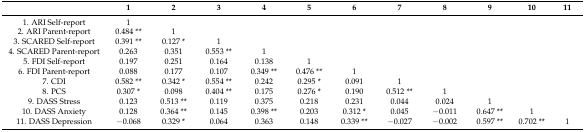
<table><thead><tr><td></td><td><b>1</b></td><td><b>2</b></td><td><b>3</b></td><td><b>4</b></td><td><b>5</b></td><td><b>6</b></td><td><b>7</b></td><td><b>8</b></td><td><b>9</b></td><td><b>10</b></td><td><b>11</b></td></tr></thead><tbody><tr><td>1. ARI Self-report</td><td>1</td><td></td><td></td><td></td><td></td><td></td><td></td><td></td><td></td><td></td><td></td></tr><tr><td>2. ARI Parent-report</td><td>0.484 **</td><td>1</td><td></td><td></td><td></td><td></td><td></td><td></td><td></td><td></td><td></td></tr><tr><td>3. SCARED Self-report</td><td>0.391 **</td><td>0.127 *</td><td>1</td><td></td><td></td><td></td><td></td><td></td><td></td><td></td><td></td></tr><tr><td>4. SCARED Parent-report</td><td>0.263</td><td>0.351</td><td>0.553 **</td><td>1</td><td></td><td></td><td></td><td></td><td></td><td></td><td></td></tr><tr><td>5. FDI Self-report</td><td>0.197</td><td>0.251</td><td>0.164</td><td>0.138</td><td>1</td><td></td><td></td><td></td><td></td><td></td><td></td></tr><tr><td>6. FDI Parent-report</td><td>0.088</td><td>0.177</td><td>0.107</td><td>0.349 **</td><td>0.476 **</td><td>1</td><td></td><td></td><td></td><td></td><td></td></tr><tr><td>7. CDI</td><td>0.582 **</td><td>0.342 *</td><td>0.554 **</td><td>0.242</td><td>0.295 *</td><td>0.091</td><td>1</td><td></td><td></td><td></td><td></td></tr><tr><td>8. PCS</td><td>0.307 *</td><td>0.098</td><td>0.404 **</td><td>0.175</td><td>0.276 *</td><td>0.190</td><td>0.512 **</td><td>1</td><td></td><td></td><td></td></tr><tr><td>9. DASS Stress</td><td>0.123</td><td>0.513 **</td><td>0.119</td><td>0.375</td><td>0.218</td><td>0.231</td><td>0.044</td><td>0.024</td><td>1</td><td></td><td></td></tr><tr><td>10. DASS Anxiety</td><td>0.128</td><td>0.364 **</td><td>0.145</td><td>0.398 **</td><td>0.203</td><td>0.312 *</td><td>0.045</td><td>−0.011</td><td>0.647 **</td><td>1</td><td></td></tr><tr><td>11. DASS Depression</td><td>−0.068</td><td>0.329 *</td><td>0.064</td><td>0.363</td><td>0.148</td><td>0.339 **</td><td>−0.027</td><td>−0.002</td><td>0.597 **</td><td>0.702 **</td><td>1</td></tr></tbody></table>